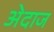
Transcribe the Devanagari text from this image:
अ॓दाज